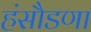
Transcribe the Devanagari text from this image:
हंसौडणा